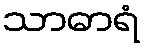
သာဓာရံ